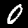
Label: 0